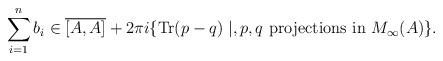
LaTeX: \begin{align*}\sum_{i=1}^n b_i\in \overline{[A,A]}+2\pi i\{\mathrm{Tr}(p-q)\mid,p,q \hbox{ projections in }M_\infty(A)\}.\end{align*}